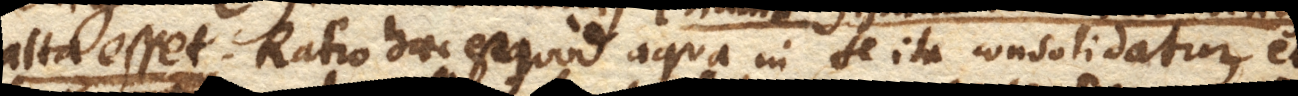
alta esset. Ratio haec est quod aqua in se ita consolidatur, et